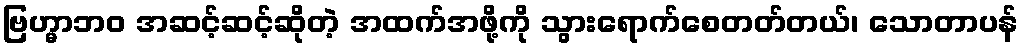
ဗြဟ္မာဘဝ အဆင့်ဆင့်ဆိုတဲ့ အထက်အဖို့ကို သွားရောက်စေတတ်တယ်၊ သောတာပန်